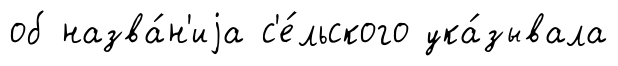
об назва́н'иjа с'е́льского ука́зывала